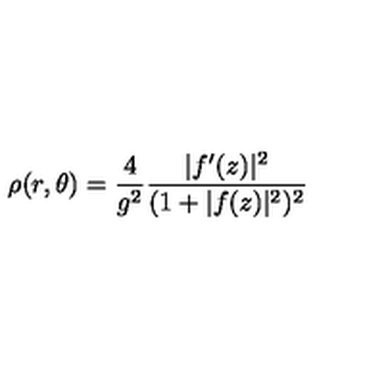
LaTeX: \rho ( r , \theta ) = \frac 4 { g ^ { 2 } } \frac { | f ^ { \prime } ( z ) | ^ { 2 } } { ( 1 + | f ( z ) | ^ { 2 } ) ^ { 2 } }